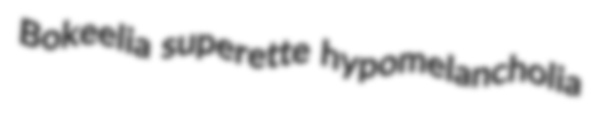
Bokeelia superette hypomelancholia